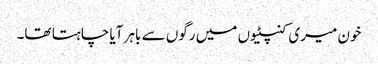
خون میری کنپٹیوں میں رگوں سے باہر آیا چاہتا تھا۔